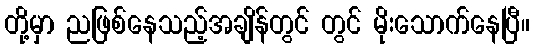
တို့မှာ ညဖြစ်နေသည့်အချိန်တွင် တွင် မိုးသောက်နေပြီ။